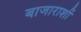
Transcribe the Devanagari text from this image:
बाजाराशीं